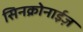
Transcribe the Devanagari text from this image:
सिनक्रोनाईज़